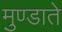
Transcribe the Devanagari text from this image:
मुण्डाते